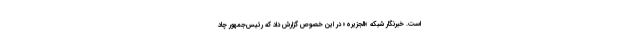
است. خبرنگار شبکه «الجزیره» در این خصوص گزارش داد که رئیس‌جمهور چاد